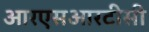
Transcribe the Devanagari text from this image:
आरएसआरटीसी